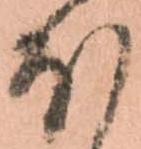
ほ